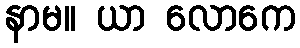
နာမ။ ယာ လောကေ